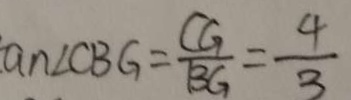
a n \angle C B G = \frac { C G } { B G } = \frac { 4 } { 3 }